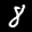
Label: 8